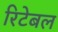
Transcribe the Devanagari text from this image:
रिटेबल